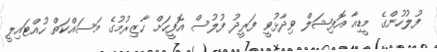
ފުލުހުންގެ މީޑިއާ އޮފިޝަލް ވިދާޅުވީ ފަރީދު ފުލުސް އޮފީހަށް ހާޒިރުމުގެ މަސައްކަތް ހުއްޓައިލީ